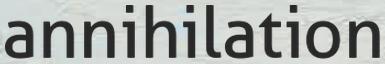
annihilation